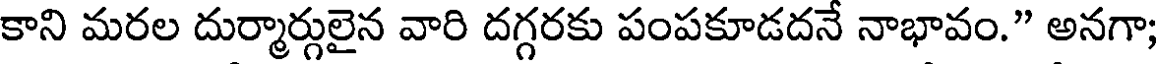
కాని మరల దుర్మార్గులైన వారి దగ్గరకు పంపకూడదనే నాభావం." అనగా